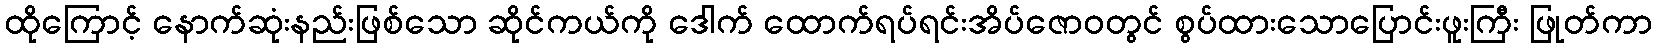
ထိုကြောင့် နောက်ဆုံးနည်းဖြစ်သော ဆိုင်ကယ်ကို ဒေါက် ထောက်ရပ်ရင်းအိပ်ဇောဝတွင် စွပ်ထားသောပြောင်းဖူးကြီး ဖြုတ်ကာ